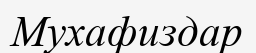
Мухафиздар